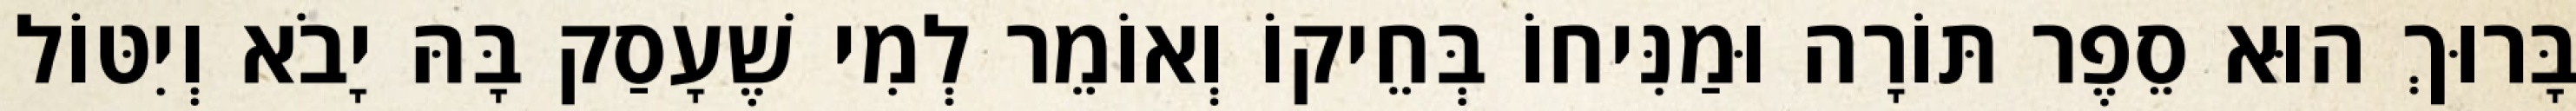
בָּרוּךְ הוּא סֵפֶר תּוֹרָה וּמַנִּיחוֹ בְּחֵיקוֹ וְאוֹמֵר לְמִי שֶׁעָסַק בָּהּ יָבֹא וְיִטּוֹל